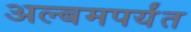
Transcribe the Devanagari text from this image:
अल्बमपर्यंत